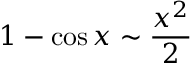
1 - \cos x \sim { \frac { x ^ { 2 } } { 2 } }